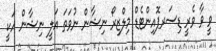
ވީ ވާ ވެރީ ޑިސަރޕޮއިންޓެޑް މިލްޒިރޯ ނިޝާން ނުވަތަ އަލީ ނިޝާން އަކީ